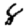
Digit: 8